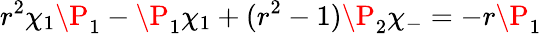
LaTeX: r^{2}\chi_{1}\P_{1}-\P_{1}\chi_{1}+(r^{2}-1)\P_{2}\chi_{-}=-r\P_{1}